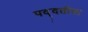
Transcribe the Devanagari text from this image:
पद्दतीचा